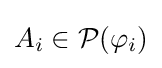
A_{i}\in {\mathcal {P}}(\varphi _{i})